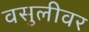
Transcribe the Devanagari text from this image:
वसुलीवर